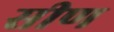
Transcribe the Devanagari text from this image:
सीण